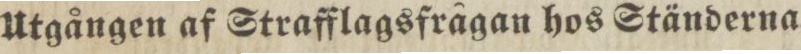
Utgången af Strafflagsfrågan hos Ständerna.